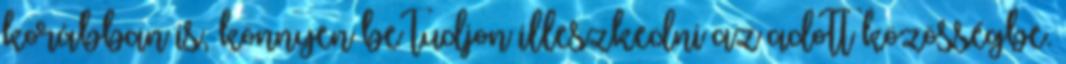
korábban is, könnyen be tudjon illeszkedni az adott közösségbe.